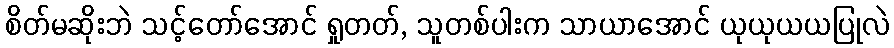
စိတ်မဆိုးဘဲ သင့်တော်အောင် ရှုတတ်, သူတစ်ပါးက သာယာအောင် ယုယုယယပြုလဲ